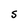
Character: S